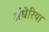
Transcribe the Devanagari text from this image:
अंधेरिया